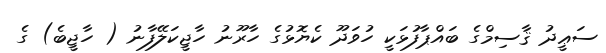
ސަޢީދު ޤާސިމްގެ ބައްޕާފުޅަކީ ހުވަދޫ ކެޔޮޅުގެ ހާރޫނު ހާޖީކަލޭފާނު ( ހާޖީބެ) ގެ